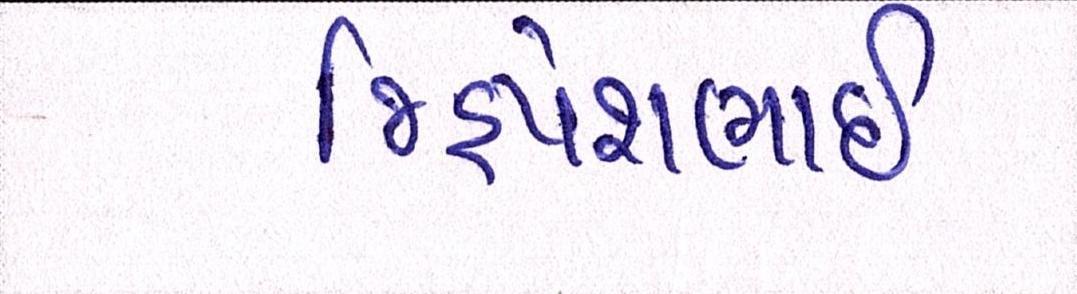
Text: જિજ્ઞેશભાઇ